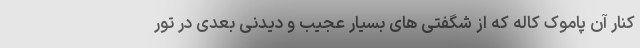
کنار آن پاموک کاله که از شگفتی های بسیار عجیب و دیدنی بعدی در تور